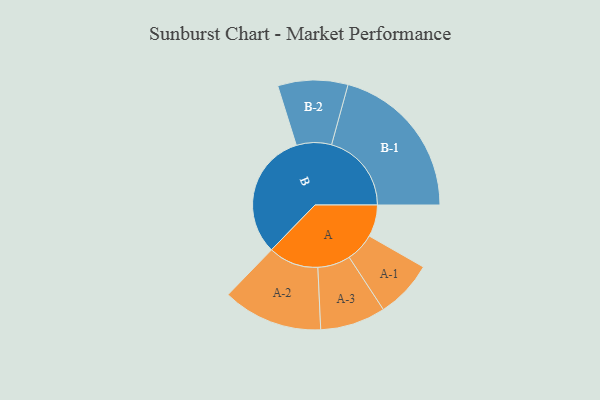
{"axis": {"x": "Segment", "y": "Value"}, "legend": ["", "A", "B"], "data": [{"x": "A", "y": 110, "type": ""}, {"x": "B", "y": 438, "type": ""}, {"x": "A-1", "y": 100, "type": "A"}, {"x": "A-2", "y": 173, "type": "A"}, {"x": "A-3", "y": 113, "type": "A"}, {"x": "B-1", "y": 276, "type": "B"}, {"x": "B-2", "y": 121, "type": "B"}]}